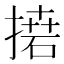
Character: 𢳭